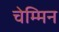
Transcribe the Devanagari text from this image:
चेम्मिन